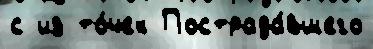
с из то́чек Пострада́вшего